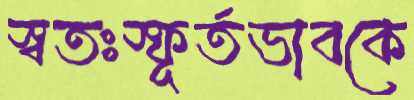
স্বতঃস্ফূর্তভাবকে